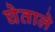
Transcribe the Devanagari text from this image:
घेताले